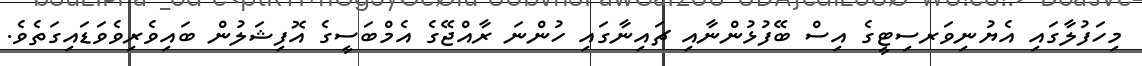
މިހަފުލާގައި އެޔުނިވަރސިޓީގެ އިސް ބޭފުޅުންނާއި ޗައިނާގައި ހުންނަ ރާއްޖޭގެ އެމްބަސީގެ އޮފިޝަލުން ބައިވެރިވެވަޑައިގަތެވެ.